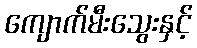
ကျောက်မီးသွေးနှင့်